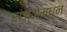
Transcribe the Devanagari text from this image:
संज्ञेमधून